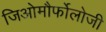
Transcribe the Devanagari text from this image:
जिओमौर्फोलोजी